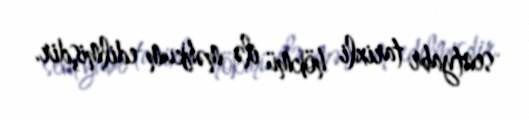
sentyabr tarixli hökmü ilə məhkum edilmişdir.